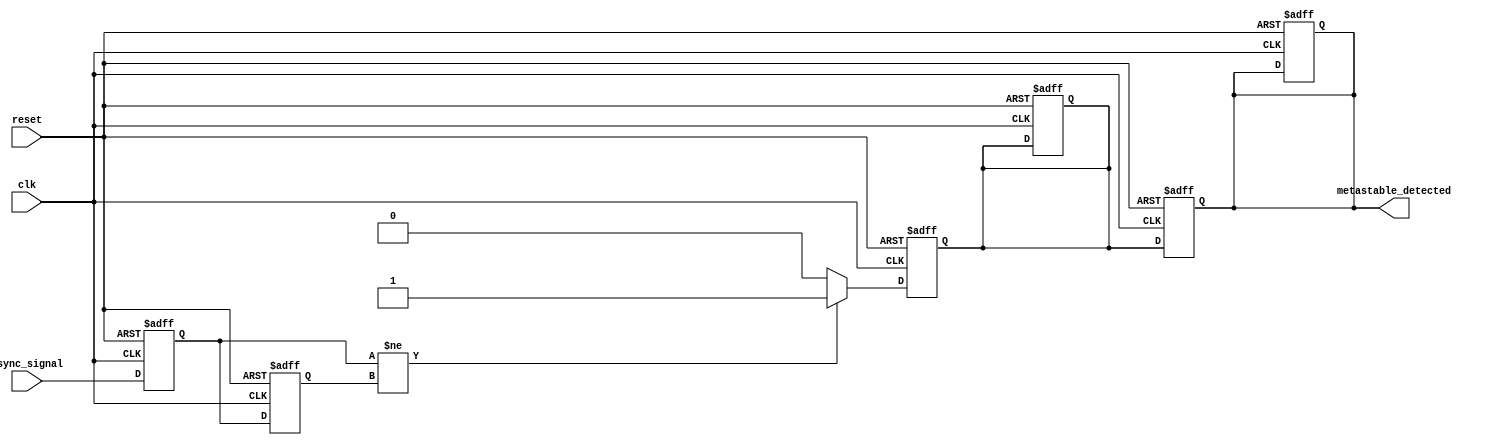
module metastability_detector (
    input wire clk,             // Clock signal for flip-flops
    input wire async_signal,    // Asynchronous input signal to be monitored
    input wire reset,           // Asynchronous reset signal
    output reg metastable_detected // Output signal indicating metastability
);

    // Internal signals for flip-flops
    reg ff1, ff2;

    // Pulse output signal
    reg pulse;

    // Flip-Flops to sample the asynchronous signal
    always @(posedge clk or posedge reset) begin
        if (reset) begin
            ff1 <= 1'b0;
            ff2 <= 1'b0;
            pulse <= 1'b0;
        end else begin
            ff1 <= async_signal; // Sample the asynchronous signal
            ff2 <= ff1;          // Sample the output of the first flip-flop
        end
    end

    // Pulse generation logic
    always @(posedge clk or posedge reset) begin
        if (reset) begin
            pulse <= 1'b0;
            metastable_detected <= 1'b0;
        end else begin
            // Generate pulse when ff1 and ff2 outputs differ
            if (ff1 != ff2) begin
                pulse <= 1'b1; // Indicate a metastability condition
            end else begin
                pulse <= 1'b0; // Clear the pulse if outputs are the same
            end
        end
    end

    // Output detection logic
    always @(posedge clk or posedge reset) begin
        if (reset) begin
            metastable_detected <= 1'b0;
        end else begin
            // Set metastable_detected high for one clock cycle when pulse is high
            metastable_detected <= pulse;
        end
    end

endmodule